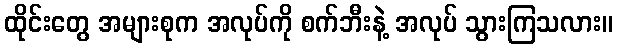
ထိုင်းတွေ အများစုက အလုပ်ကို စက်ဘီးနဲ့ အလုပ် သွားကြသလား။